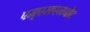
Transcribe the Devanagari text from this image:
एम्एसएनबोट